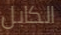
الكابل